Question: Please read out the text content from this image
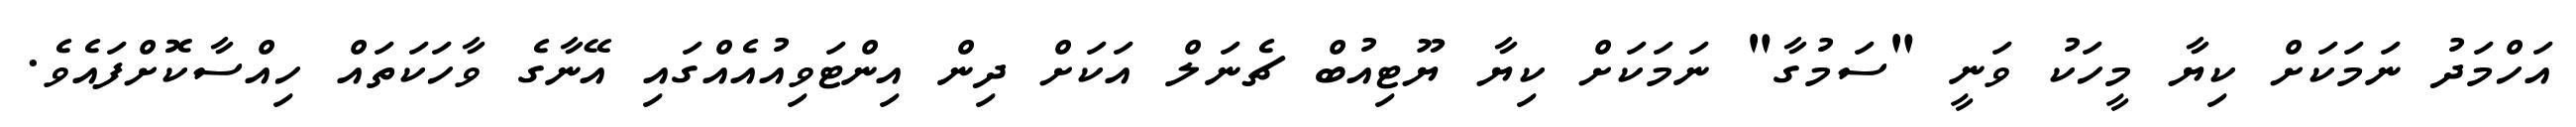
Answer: އަހްމަދު ނަމަކަށް ކިޔާ މީހަކު ވަނީ "ސަމުގާ" ނަމަކަށް ކިޔާ ޔޫޓިއުބް ޗެނަލް އަކަށް ދިން އިންޓަވިއުއެއްގައި އޭނާގެ ވާހަކަތައް ހިއްސާކޮށްފައެވެ.